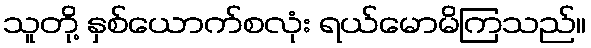
သူတို့ နှစ်ယောက်စလုံး ရယ်မောမိကြသည်။